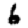
Digit: 6